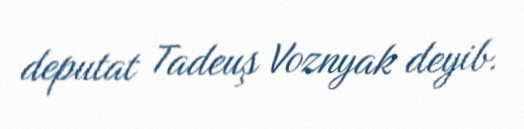
deputat Tadeuş Voznyak deyib.